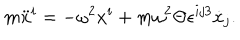
m \ddot { x } ^ { i } = - \omega ^ { 2 } x ^ { i } + m \omega ^ { 2 } \Theta \epsilon ^ { i j 3 } \dot { x } _ { j } .